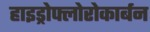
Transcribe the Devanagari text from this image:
हाइड्रोफ्लोरोकार्बन